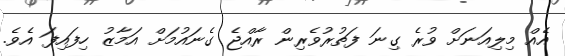
އެއް މިލިއަނަށް ވުރެ ގިނަ ފަތުރުވެރިން ރާއްޖެ ގެނައުމަށް އަމާޒު ހިފައިފަ އެވެ.